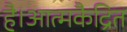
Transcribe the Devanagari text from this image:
है।आत्मकैद्रित